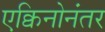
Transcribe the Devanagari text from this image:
एक्विनोनंतर